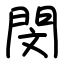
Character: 閔